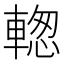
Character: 𨍉